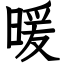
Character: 暖